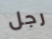
رجل